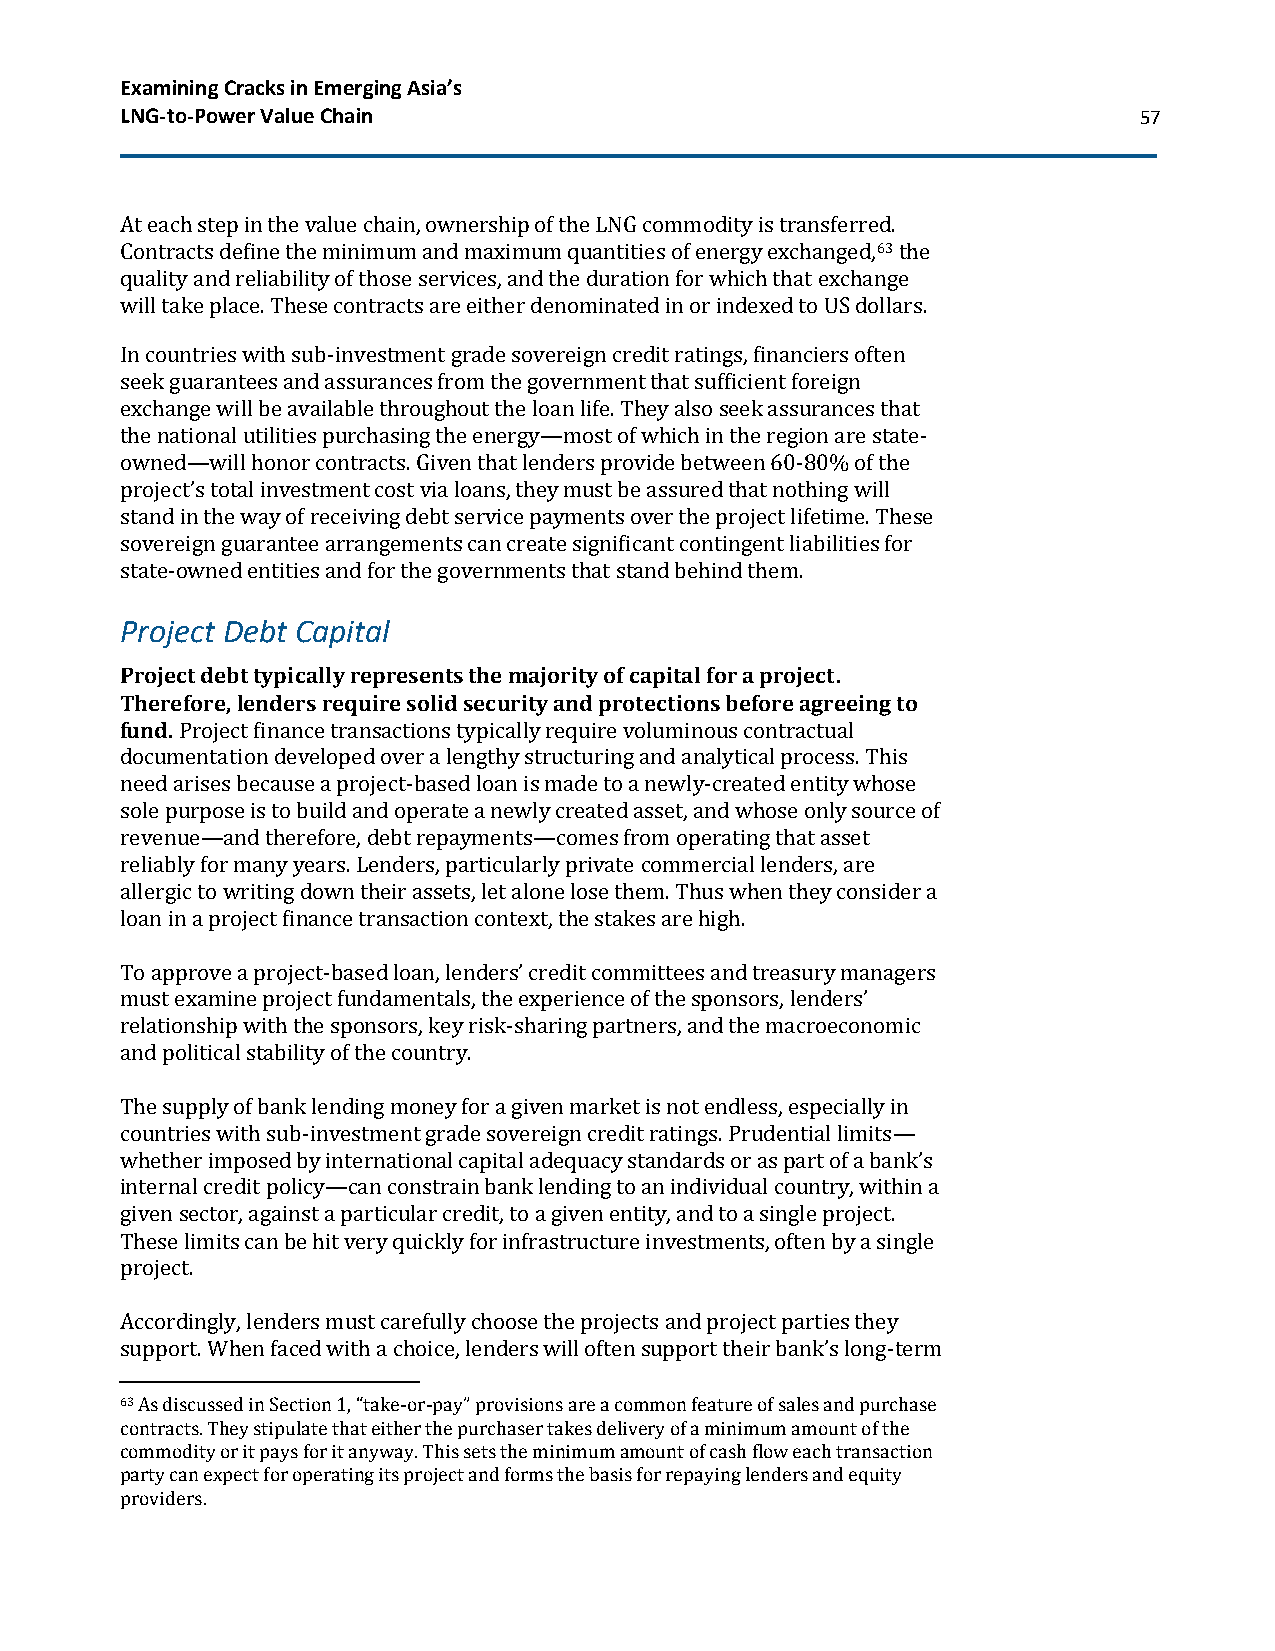
Examining Cracks in Emerging Asia’s
 LNG-to-Power Value Chain                                           57
 At each step in the value chain, ownership of the LNG commodity is transferred.
 Contracts define the minimum and maximum quantities of energy exchanged,63 the
 quality and reliability of those services, and the duration for which that exchange
 will take place. These contracts are either denominated in or indexed to US dollars.
 In countries with sub-investment grade sovereign credit ratings, financiers often
 seek guarantees and assurances from the government that sufficient foreign
 exchange will be available throughout the loan life. They also seek assurances that
 the national utilities purchasing the energy—most of which in the region are state-
 owned—will honor contracts. Given that lenders provide between 60-80% of the
 project’s total investment cost via loans, they must be assured that nothing will
 stand in the way of receiving debt service payments over the project lifetime. These
 sovereign guarantee arrangements can create significant contingent liabilities for
 state-owned entities and for the governments that stand behind them.
 Project Debt Capital
 Project debt typically represents the majority of capital for a project.
 Therefore, lenders require solid security and protections before agreeing to
 fund. Project finance transactions typically require voluminous contractual
 documentation developed over a lengthy structuring and analytical process. This
 need arises because a project-based loan is made to a newly-created entity whose
 sole purpose is to build and operate a newly created asset, and whose only source of
 revenue—and therefore, debt repayments—comes from operating that asset
 reliably for many years. Lenders, particularly private commercial lenders, are
 allergic to writing down their assets, let alone lose them. Thus when they consider a
 loan in a project finance transaction context, the stakes are high.
 To approve a project-based loan, lenders’ credit committees and treasury managers
 must examine project fundamentals, the experience of the sponsors, lenders’
 relationship with the sponsors, key risk-sharing partners, and the macroeconomic
 and political stability of the country.
 The supply of bank lending money for a given market is not endless, especially in
 countries with sub-investment grade sovereign credit ratings. Prudential limits—
 whether imposed by international capital adequacy standards or as part of a bank’s
 internal credit policy—can constrain bank lending to an individual country, within a
 given sector, against a particular credit, to a given entity, and to a single project.
 These limits can be hit very quickly for infrastructure investments, often by a single
 project.
 Accordingly, lenders must carefully choose the projects and project parties they
 support. When faced with a choice, lenders will often support their bank’s long-term
 63 As discussed in Section 1, “take-or-pay” provisions are a common feature of sales and purchase
 contracts. They stipulate that either the purchaser takes delivery of a minimum amount of the
 commodity or it pays for it anyway. This sets the minimum amount of cash flow each transaction
 party can expect for operating its project and forms the basis for repaying lenders and equity
 providers.